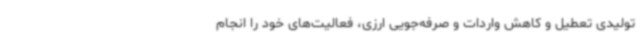
تولیدی تعطیل و کاهش واردات و صرفه‌جویی ارزی، فعالیت‌های خود را انجام